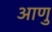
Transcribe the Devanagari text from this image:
आणु